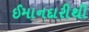
ઈમાનદારીથી